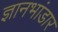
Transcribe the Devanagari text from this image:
ज्ञानभांडार